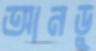
আনডু